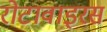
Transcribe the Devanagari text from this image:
रोटावाइरस